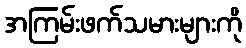
အကြမ်းဖက်သမားများကို